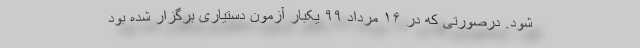
شود. درصورتی ‌که در ۱۶ مرداد ۹۹ یکبار آزمون دستیاری برگزار شده بود